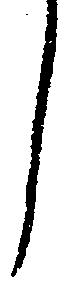
し